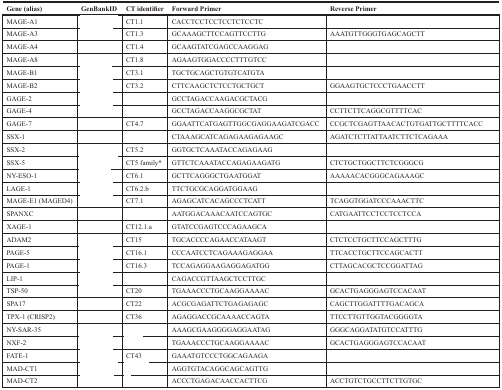
<table><thead><tr><td><b>Gene (alias)</b></td><td><b>GenBankID</b></td><td><b>CT identifier</b></td><td><b>Forward Primer</b></td><td><b>Reverse Primer</b></td></tr></thead><tbody><tr><td>MAGE-A1</td><td>[EMPTY_CELL]</td><td>CT1.1</td><td>CACCTCCTCCTCCTCTCCTC</td><td>[EMPTY_CELL]</td></tr><tr><td>MAGE-A3</td><td>[EMPTY_CELL]</td><td>CT1.3</td><td>GCAAAGCTTCCAGTTCCTTG</td><td>AAATGTTGGGTGAGCAGCTT</td></tr><tr><td>MAGE-A4</td><td>[EMPTY_CELL]</td><td>CT1.4</td><td>GCAAGTATCGAGCCAAGGAG</td><td>[EMPTY_CELL]</td></tr><tr><td>MAGE-A8</td><td>[EMPTY_CELL]</td><td>CT1.8</td><td>AGAAGTGGACCCCTTTGTCC</td><td>[EMPTY_CELL]</td></tr><tr><td>MAGE-B1</td><td>[EMPTY_CELL]</td><td>CT3.1</td><td>TGCTGCAGCTGTGTCATGTA</td><td>[EMPTY_CELL]</td></tr><tr><td>MAGE-B2</td><td>[EMPTY_CELL]</td><td>CT3.2</td><td>CTTCAAGCTCTCCTGCTGCT</td><td>GGAAGTGCTCCCTGAACCTT</td></tr><tr><td>GAGE-2</td><td>[EMPTY_CELL]</td><td>[EMPTY_CELL]</td><td>GCCTAGACCAAGACGCTACG</td><td>[EMPTY_CELL]</td></tr><tr><td>GAGE-4</td><td>[EMPTY_CELL]</td><td>[EMPTY_CELL]</td><td>GCCTAGACCAAGGCGCTAT</td><td>CCTTCTTCAGGCGTTTTCAC</td></tr><tr><td>GAGE-7</td><td>[EMPTY_CELL]</td><td>CT4.7</td><td>GGAATTCATGAGTTGGCGAGGAAGATCGACC</td><td>CCGCTCGAGTTAACACTGTGATTGCTTTTCACC</td></tr><tr><td>SSX-1</td><td>[EMPTY_CELL]</td><td>[EMPTY_CELL]</td><td>CTAAAGCATCAGAGAAGAGAAGC</td><td>AGATCTCTTATTAATCTTCTCAGAAA</td></tr><tr><td>SSX-2</td><td>[EMPTY_CELL]</td><td>CT5.2</td><td>GGTGCTCAAATACCAGAGAAG</td><td>[EMPTY_CELL]</td></tr><tr><td>SSX-5</td><td>[EMPTY_CELL]</td><td>CT5 family*</td><td>GTTCTCAAATACCAGAGAAGATG</td><td>CTCTGCTGGCTTCTCGGGCG</td></tr><tr><td>NY-ESO-1</td><td>[EMPTY_CELL]</td><td>CT6.1</td><td>GCTTCAGGGCTGAATGGAT</td><td>AAAAACACGGGCAGAAAGC</td></tr><tr><td>LAGE-1</td><td>[EMPTY_CELL]</td><td>CT6.2.b</td><td>TTCTGCGCAGGATGGAAG</td><td>[EMPTY_CELL]</td></tr><tr><td>MAGE-E1 (MAGED4)</td><td>[EMPTY_CELL]</td><td>CT7.1</td><td>AGAGCATCACAGCCCTCATT</td><td>TCAGGTGGATCCCAAACTTC</td></tr><tr><td>SPANXC</td><td>[EMPTY_CELL]</td><td>[EMPTY_CELL]</td><td>AATGGACAAACAATCCAGTGC</td><td>CATGAATTCCTCCTCCTCCA</td></tr><tr><td>XAGE-1</td><td>[EMPTY_CELL]</td><td>CT12.1.a</td><td>GTATCCGAGTCCCAGAAGCA</td><td>[EMPTY_CELL]</td></tr><tr><td>ADAM2</td><td>[EMPTY_CELL]</td><td>CT15</td><td>TGCACCCCAGAACCATAAGT</td><td>CTCTCCTGCTTCCAGCTTTG</td></tr><tr><td>PAGE-5</td><td>[EMPTY_CELL]</td><td>CT16.1</td><td>CCCAATCCTCAGAAAGAGGAA</td><td>TTCACCTGCTTCCAGCACTT</td></tr><tr><td>PAGE-1</td><td>[EMPTY_CELL]</td><td>CT16.3</td><td>TCCAGAGGAAGAGGAGATGG</td><td>CTTAGCACGCTCCGGATTAG</td></tr><tr><td>LIP-1</td><td>[EMPTY_CELL]</td><td>[EMPTY_CELL]</td><td>CAGACCGTTAAGCTCCTTGC</td><td>[EMPTY_CELL]</td></tr><tr><td>TSP-50</td><td>[EMPTY_CELL]</td><td>CT20</td><td>TGAAACCCTGCAAGGAAAAC</td><td>GCACTGAGGGAGTCCACAAT</td></tr><tr><td>SPA17</td><td>[EMPTY_CELL]</td><td>CT22</td><td>ACGCGAGATTCTGAGAGAGC</td><td>CAGCTTGGATTTTGACAGCA</td></tr><tr><td>TPX-1 (CRISP2)</td><td>[EMPTY_CELL]</td><td>CT36</td><td>AGAGGACCGCAAAACCAGTA</td><td>TTCCTTGTTGGTACGGGGTA</td></tr><tr><td>NY-SAR-35</td><td>[EMPTY_CELL]</td><td>[EMPTY_CELL]</td><td>AAAGCGAAGGGGAGGAATAG</td><td>GGGCAGGATATGTCCATTTG</td></tr><tr><td>NXF-2</td><td>[EMPTY_CELL]</td><td>[EMPTY_CELL]</td><td>TGAAACCCTGCAAGGAAAAC</td><td>GCACTGAGGGAGTCCACAAT</td></tr><tr><td>FATE-1</td><td>[EMPTY_CELL]</td><td>CT43</td><td>GAAATGTCCCTGGCAGAAGA</td><td>[EMPTY_CELL]</td></tr><tr><td>MAD-CT1</td><td>[EMPTY_CELL]</td><td>[EMPTY_CELL]</td><td>AGGTGTACAGGCAGCAGTTG</td><td>[EMPTY_CELL]</td></tr><tr><td>MAD-CT2</td><td>[EMPTY_CELL]</td><td>[EMPTY_CELL]</td><td>ACCCTGAGACAACCACTTCG</td><td>ACCTGTCTGCCTTCTTGTGC</td></tr></tbody></table>